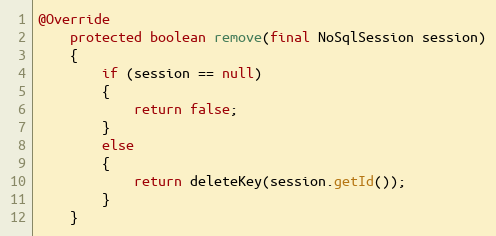
Language: Java
@Override
    protected boolean remove(final NoSqlSession session)
    {
        if (session == null)
        {
            return false;
        }
        else
        {
            return deleteKey(session.getId());
        }
    }